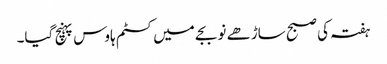
ہفتہ کی صبح ساڑھے نو بجے میں کسٹم ہاوس پہنچ گیا۔